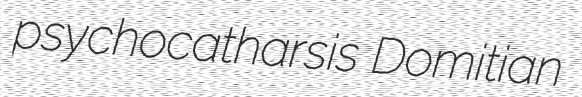
psychocatharsis Domitian